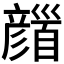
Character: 𩠪